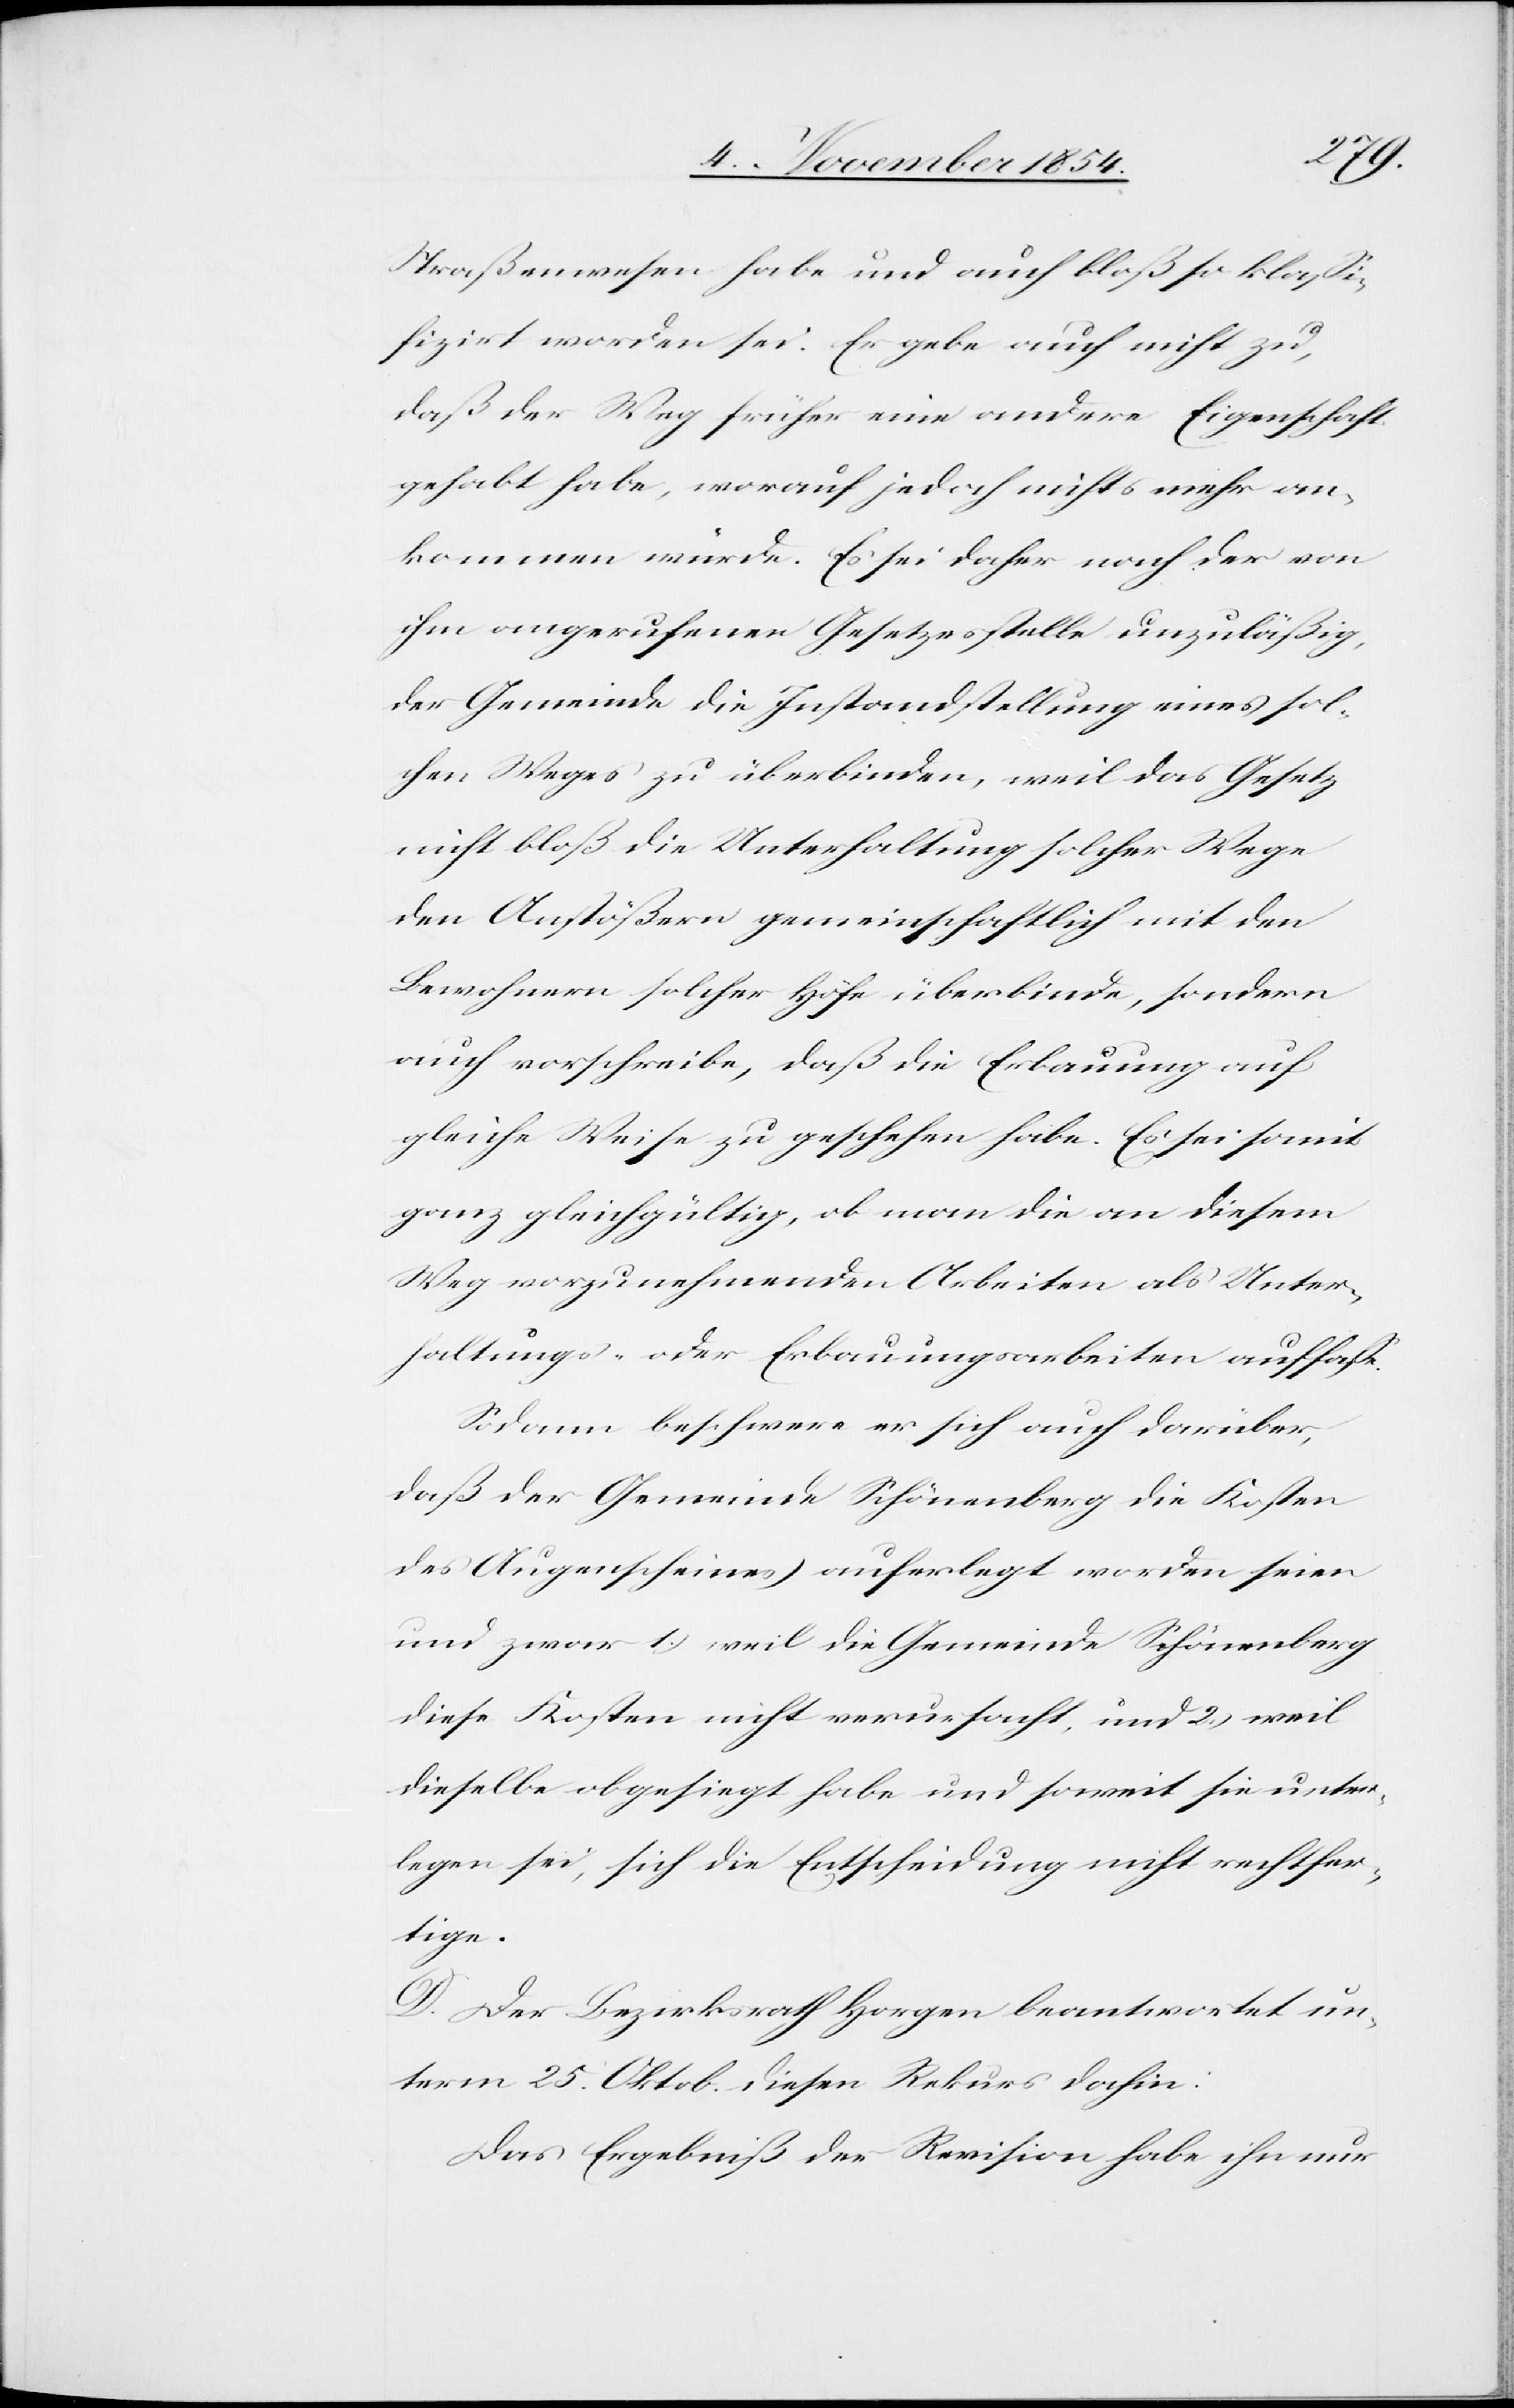
Straßenwesen habe und auch bloß so klaßi¬
fizirt worden sei. Er gebe auch nicht zu,
daß der Weg früher eine andere Eigenschaft
gehabt habe, worauf jedoch nichts mehr an¬
kommen würde. Es sei daher nach der von
ihm angerufenen Gesetzesstelle unzuläßig,
der Gemeinde die Instandstellung eine sol¬
ches Weges zu überbinden, weil das Gesetz
nicht bloß die Unterhaltung solcher Wege
den Anstößern gemeinschaftlich mit den
Bewohnern solcher Höfe überbinden, sondern
auch vorschreibe, daß die Erbauung auf
gleiche Weise zu geschehen habe. Es sei somit
ganz gleichgültig, ob man die an diesem
Weg vorzunehmenden Arbeiten als Unter¬
haltungs- oder Erbauungsarbeiten auffaße.
Sodann beschwere er sich auch darüber,
daß der Gemeinde Schönenberg die Kosten
des Augenscheines auferlegt worden seien
und zwar 1.) weil die Gemeinde Schönenberg
diese Kosten nicht verursacht, und 2.) weil
dieselbe obgesiegt habe und soweit sie unter¬
legen sei, sich die Entscheidung nicht rechtfer¬
tige.
D. Der Bezirksrath Horgen beantwortet un¬
term 25. Oktob. diesen Rekurs dahin:
Das Ergebniß der Revision habe ihn nur